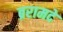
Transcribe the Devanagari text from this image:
ब्ररामदे